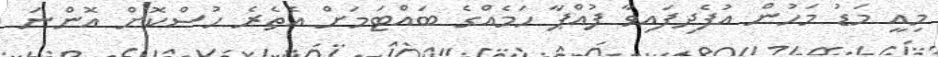
މިއީ މަޑު މަހުން އުފެދިފައިވާ ފުއްޕާ ހަމެއްގެ ބައްޓަމަށް އެތެރެ ހުސްކޮށް އޮންނަ